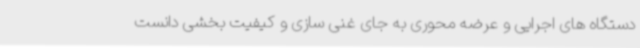
دستگاه های اجرایی و عرضه محوری به جای غنی سازی و کیفیت بخشی دانست